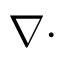
\nabla \cdot